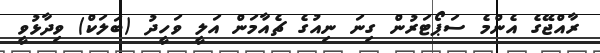
ރާއްޖޭގެ އެންމެ ސަޕޯޓަރުން ގިނަ ނިއުގެ ޗެއާމަން އަލީ ވަހީދު (ބަލަކް) ވިދާޅުވީ